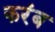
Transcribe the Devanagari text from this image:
करंब